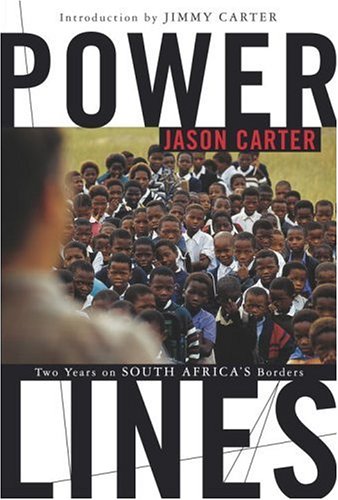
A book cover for Power Lines : Two Years on South Africa's Borders; Jason Carter; Travel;